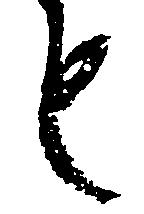
も